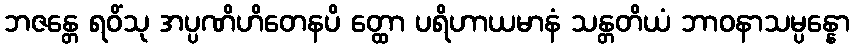
ဘဇန္တေ ရဝိံသု အပ္ပဏိဟိတေနပိ တ္ထော ပရိဟာယမာနံ သန္တတိယံ ဘာဝနာသမ္ပန္နော